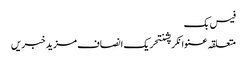
فیس بک
متعلقہ عنوانکرپشنتحریک انصاف مزید خبریں